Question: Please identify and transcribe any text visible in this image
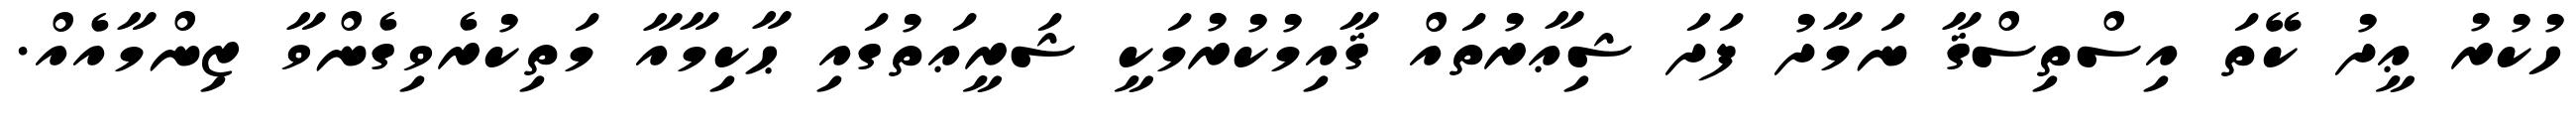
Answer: ހުކުރު ޢީދު ކޭތަ އިސްތިސްޤާ ނަމާދު ފަދަ ޝިޢާރުތައް ޤާއިމުކުރުމަކީ ޝަރީޢަތުގައި ޙާކިމާއާ މަތިކުރެވިގެންވާ ޒިންމާއެއް.